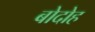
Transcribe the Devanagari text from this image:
बोदोह